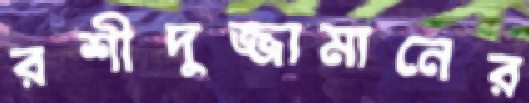
রশীদুজ্জামানের